Sketch of the medical history of the native army of Bombay, for the year
Year: 1876
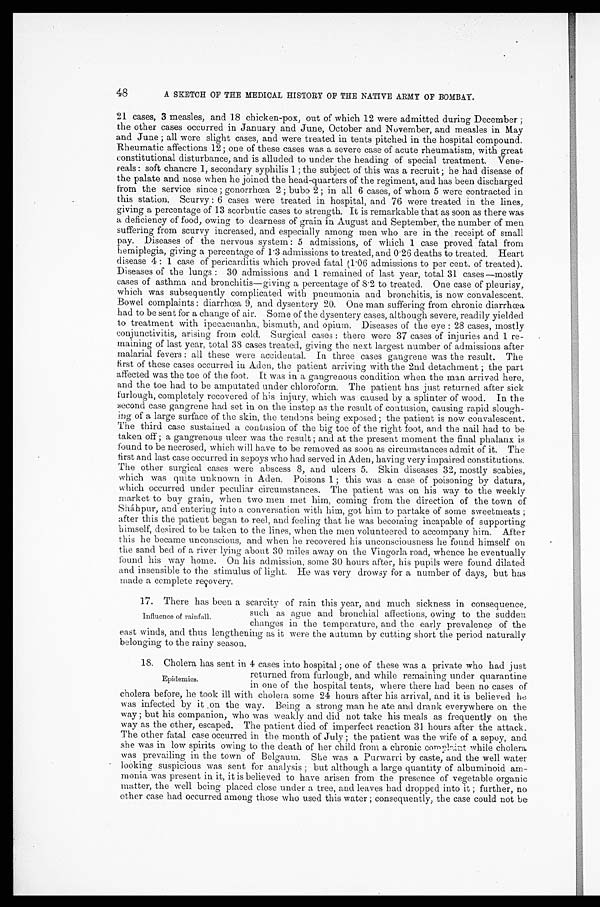
48
A SKETCH OF THE MEDICAL HISTORY OF THE NATIVE ARMY OF BOMBAY.
21 cases, 3 measles, and 18 chicken-pox, out of which 12 were admitted during December;
the other cases occurred in January and June, October and November, and measles in May
and June; all were slight cases, and were treated in tents pitched in the hospital compound.
Rheumatic affections 12; one of these cases was a severe case of acute rheumatism, with great
constitutional disturbance, and is alluded to under the heading of special treatment. Vene
-reals: soft chancre 1, secondary syphilis 1; the subject of this was a recruit; he had disease of
the palate and nose when he joined the head-quarters of the regiment, and has been discharged
from the service since; gonorrhœa 2; bubo 2; in all 6 cases, of whom 5 were contracted in
this station. Scurvy: 6 cases were treated in hospital, and 76 were treated in the lines,
giving a percentage of 13 scorbutic cases to strength. It is remarkable that as soon as there was
a deficiency of food, owing to dearness of grain in August and September, the number of men
suffering from scurvy increased, and especially among men who are in the receipt of small
pay. Diseases of the nervous system: 5 admissions, of which 1 case proved fatal from
hemiplegia, giving a percentage of 1.3 admissions to treated, and 0.26 deaths to treated. Heart
disease 4:1 case of pericarditis which proved fatal (1.06 admissions to per cent. of treated).
Diseases of the lungs: 30 admissions and 1 remained of last year, total 31 cases—mostly
cases of asthma and bronchitis—giving a percentage of 8.2 to treated. One case of pleurisy,
which was subsequently complicated with pneumonia and bronchitis, is now convalescent.
Bowel complaints: diarrhœa 9, and dysentery 20. One man suffering from chronic diarrhœa
had to be sent for a change of air. Some of the dysentery cases, although severe, readily yielded
to treatment with ipecacuanha, bismuth, and opium. Diseases of the eye: 28 cases, mostly
conjunctivitis, arising from cold. Surgical cases: there were 37 cases of injuries and 1 re
-maining of last year, total 38 cases treated, giving the next largest number of admissions after
malarial fevers: all these were accidental. In three cases gangrene was the result. The
first of these cases occurred in Aden, the patient arriving with the 2nd detachment; the part
affected was the toe of the foot. It was in a gangrenous condition when the man arrived here,
and the toe had to be amputated under chloroform. The patient has just returned after sick
furlough, completely recovered of his injury, which was caused by a splinter of wood. In the
second case gangrene had set in on the instep as the result of contusion, causing rapid slough
-ing of a large surface of the skin, the tendons being exposed; the patient is now convalescent.
The third case sustained a contusion of the big toe of the right foot, and the nail had to be
taken off; a gangrenous ulcer was the result; and at the present moment the final phalanx is
found to be necrosed, which will have to be removed as soon as circumstances admit of it. The
first and last case occurred in sepoys who had served in Aden, having very impaired constitutions.
The other surgical cases were abscess 8, and ulcers 5. Skin diseases 32, mostly scabies,
which was quite unknown in Aden. Poisons 1; this was a case of poisoning by datura,
which occurred under peculiar circumstances. The patient was on his way to the weekly
market to buy grain, when two men met him, coming from the direction of the town of
Sháhpur, and entering into a conversation with him, got him to partake of some sweetmeats;
after this the patient began to reel, and feeling that he was becoming incapable of supporting
himself, desired to be taken to the lines, when the men volunteered to accompany him. After
this he became unconscious, and when he recovered his unconsciousness he found himself on
the sand bed of a river lying about 30 miles away on the Vingorla road, whence he eventually
found his way home. On his admission, some 30 hours after, his pupils were found dilated
and insensible to the stimulus of light. He was very drowsy for a number of days, but has
made a complete recovery.
17. There has been a scarcity of rain this year, and much sickness in consequence,
such as ague and bronchial affections, owing to the sudden
changes in the temperature, and the early prevalence of the
east winds, and thus lengthening as it were the autumn by cutting short the period naturally
belonging to the rainy season.
18. Cholera has sent in 4 cases into hospital; one of these was a private who had just
returned from furlough, and while remaining under quarantine
in one of the hospital tents, where there had been no cases of
cholera before, he took ill with cholera some 24 hours after his arrival, and it is believed he
was infected by it on the way. Being a strong man he ate and drank everywhere on the
way; but his companion, who was weakly and did not take his meals as frequently on the
way as the other, escaped. The patient died of imperfect reaction 31 hours after the attack.
The other fatal case occurred in the month of July; the patient was the wife of a sepoy, and
she was in low spirits owing to the death of her child from a chronic complaint while cholera
was prevailing in the town of Belgaum. She was a Purwarri by caste, and the well water
looking suspicious was sent for analysis; but although a large quantity of albuminoid am
- m o n i a w a s p r e s e n t i n i t , i t i s b e l i e v e d t o h a v e a r i s e n f r o m t h e p r e s e n c e o f v e g e t a b l e o r g a n i c
matter, the well being placed close under a tree, and leaves had dropped into it; further, no
other case had occurred among those who used this water; consequently, the case could not be
Influence of rainfall.
Epidemics.